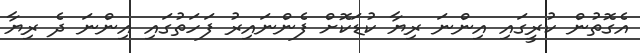
އެގޮތުން ކުރީގައި އިންނަ ރިޔާ ކުޑަކޮށް ފެންނައިރު ފަހަތުގައި އިންނަ ދެ ރިޔާ